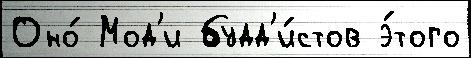
Оно́ Мод'и будд'и́стов э́того